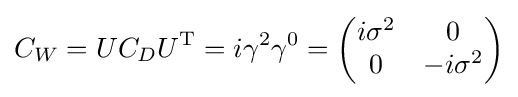
C_{W}=UC_{D}U^{\text{T}}=i\gamma ^{2}\gamma ^{0}={\begin{pmatrix}i\sigma ^{2}&0\\0&-i\sigma ^{2}\end{pmatrix}}